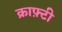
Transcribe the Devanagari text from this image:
क्राफ़्टी